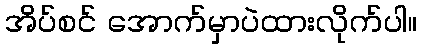
အိပ်စင် အောက်မှာပဲထားလိုက်ပါ။